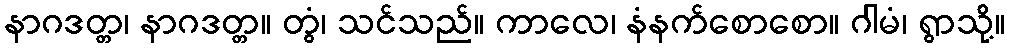
နာဂဒတ္တ၊ နာဂဒတ္တ။ တွံ၊ သင်သည်။ ကာလေ၊ နံနက်စောစော။ ဂါမံ၊ ရွာသို့။